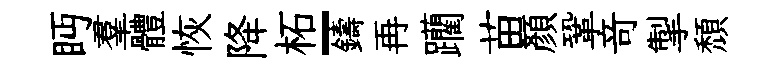
眄羣體恢降柘-鑄再躪苗顔鞏竒掣頹